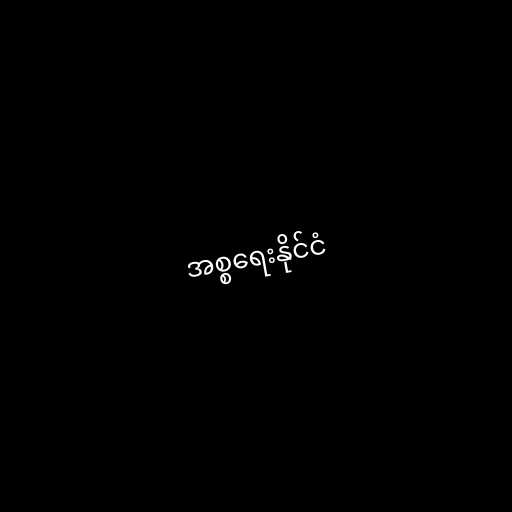
အစ္စရေးနိုင်ငံ